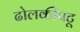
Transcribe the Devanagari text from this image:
ढोलकीपटू